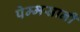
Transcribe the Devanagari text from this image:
पेम्मसानी